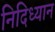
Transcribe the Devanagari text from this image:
निदिध्यान